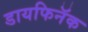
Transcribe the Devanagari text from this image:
डायफिनॅक